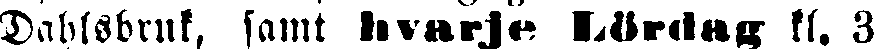
Dahlsbruk, samt hvarje Lördag kl. 3